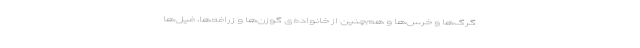
گرگ‌ها و خرس‌ها و هم‌چنین از خانواده‌ی گوزن‌ها و زرافه‌ها، فیل‌ها